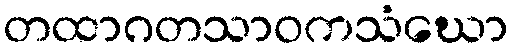
တထာဂတသာဝကသံဃော